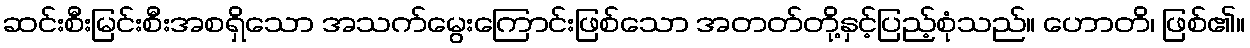
ဆင်းစီးမြင်းစီးအစရှိသော အသက်မွေးကြောင်းဖြစ်သော အတတ်တို့နှင့်ပြည့်စုံသည်။ ဟောတိ၊ ဖြစ်၏။